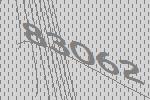
83062